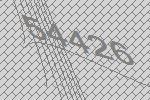
54426